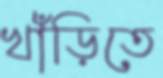
খাঁড়িতে